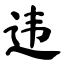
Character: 违